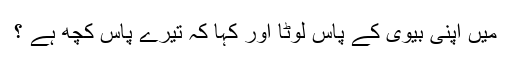
میں اپنی بیوی کے پاس لوٹا اور کہا کہ تیرے پاس کچھ ہے ؟